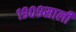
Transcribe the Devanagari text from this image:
१९०९साली